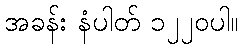
အခန်း နံပါတ် ၁၂၂၀ပါ။